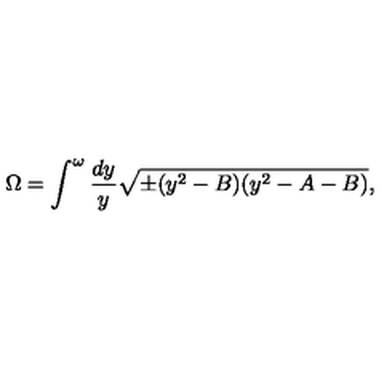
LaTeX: \Omega = \int _ { } ^ { \omega } { \frac { d y } { y } } \sqrt { \pm ( y ^ { 2 } - B ) ( y ^ { 2 } - A - B ) } ,